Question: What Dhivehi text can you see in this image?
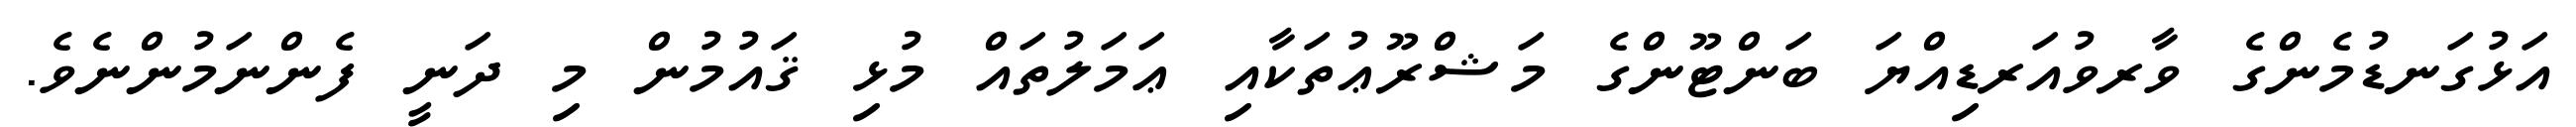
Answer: އަޅުގަނޑުމެންގެ ވާރވުއަރޑިއްޔަ ބަންޓޫންގެ މަޝްރޫޢުތަކާއި ޢަމަލުތައް މުޅި ޤައުމުން މި ދަނީ ފެންނަމުންނެވެ.